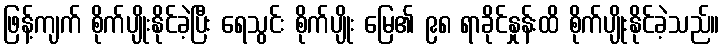
ဖြန့်ကျက် စိုက်ပျိုးနိုင်ခဲ့ပြီး ရေသွင်း စိုက်ပျိုး မြေ၏ ၉၈ ရာခိုင်နှုန်းထိ စိုက်ပျိုးနိုင်ခဲ့သည်။